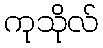
ကုသိုလ်